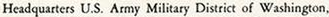
Headquarters U.S. Army Military District of Washington.